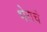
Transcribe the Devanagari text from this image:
भेराचे